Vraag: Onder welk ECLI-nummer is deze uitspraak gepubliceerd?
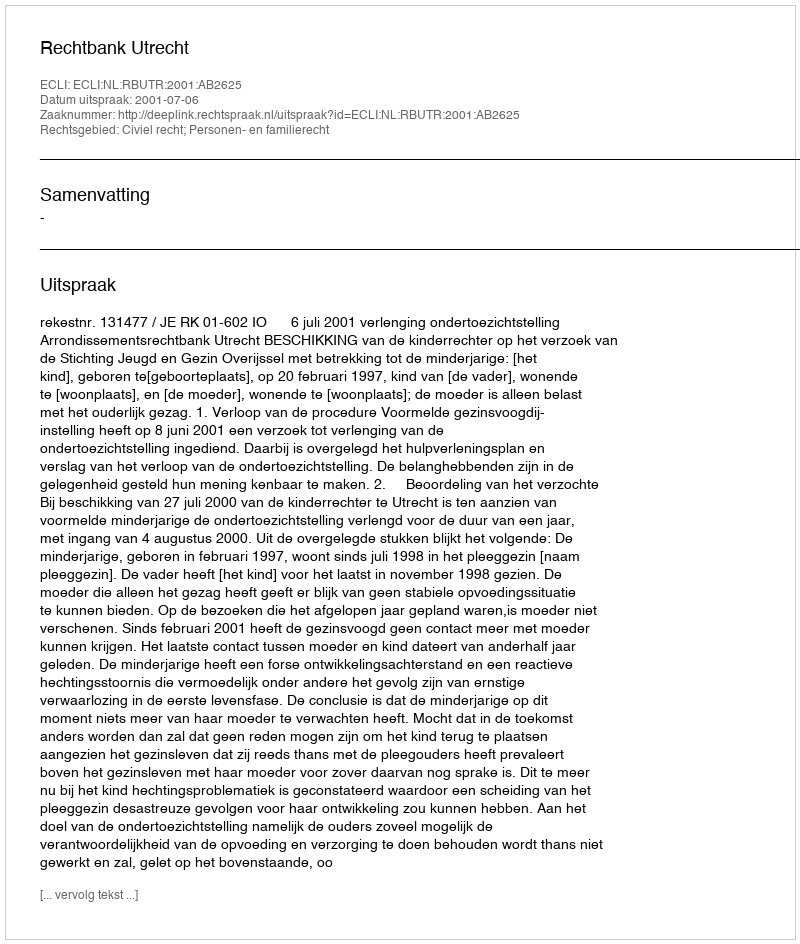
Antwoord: ECLI:NL:RBUTR:2001:AB2625